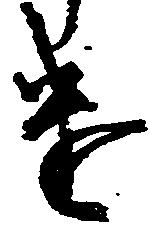
け